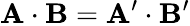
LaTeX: \mathbf{A}\cdot\mathbf{B}=\mathbf{A}^{\prime}\cdot\mathbf{B}^{\prime}